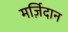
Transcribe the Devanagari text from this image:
मर्ज़िदान